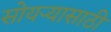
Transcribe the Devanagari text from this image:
सोयर्‍यासाठी